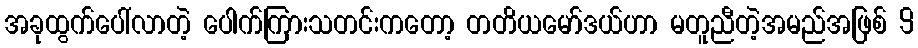
အခုထွက်ပေါ်လာတဲ့ ပေါက်ကြားသတင်းကတော့ တတိယမော်ဒယ်ဟာ မတူညီတဲ့အမည်အဖြစ် 9